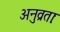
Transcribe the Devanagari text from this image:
अनुव्रताः